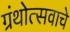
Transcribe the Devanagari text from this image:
ग्रंथोत्सवाचे